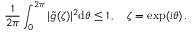
{ \frac { 1 } { 2 \pi } } \int _ { 0 } ^ { 2 \pi } \vert \tilde { g } ( \zeta ) \vert ^ { 2 } \mathrm { d } \theta \leq 1 \, , \quad \zeta = \mathrm { e x p } ( i \theta ) \, .